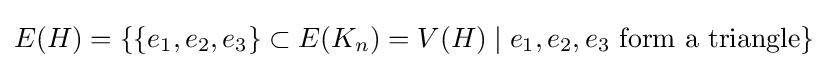
E(H)=\{\{e_{1},e_{2},e_{3}\}\subset E(K_{n})=V(H)\mid e_{1},e_{2},e_{3}{\text{ form a triangle}}\}